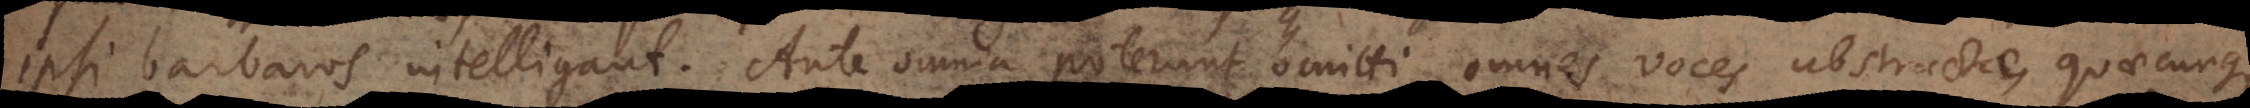
ipsi barbaros intelligant. Ante omnia poterunt omitti omnes voces abstractae, quaecunque